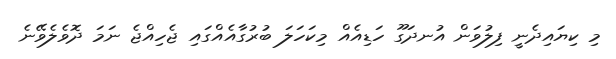
މި ކިޔައިދެނީ ފިލުވަން އުނދަގޫ ހަޑިއެއް މިކަހަލަ ބުރުގާއެއްގައި ޖެހިއްޖެ ނަމަ ދޮވެލެވޭނެ